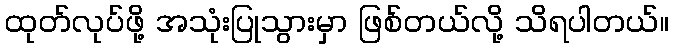
ထုတ်လုပ်ဖို့ အသုံးပြုသွားမှာ ဖြစ်တယ်လို့ သိရပါတယ်။